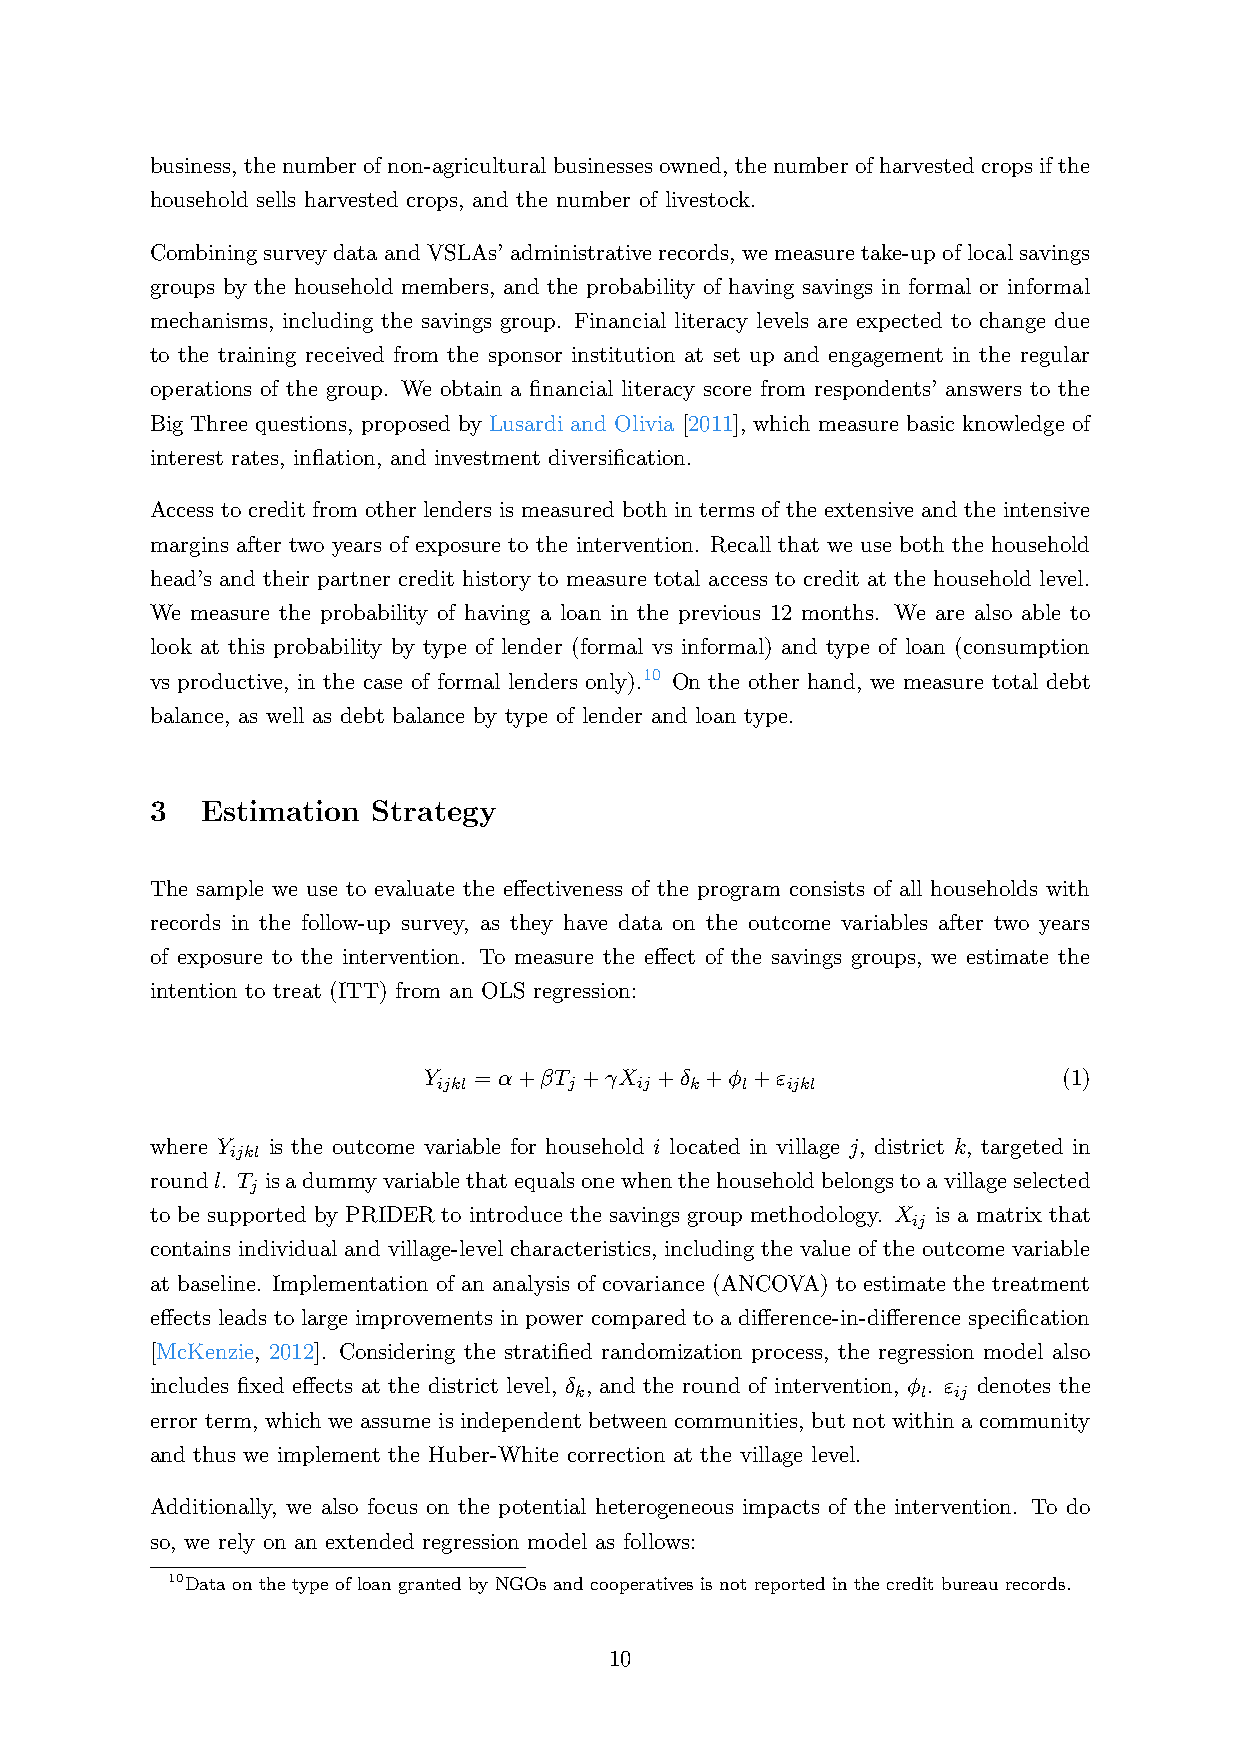
business, the number of non-agricultural businesses owned, the number of harvested crops if the
 household sells harvested crops, and the number of livestock.
 CombiningsurveydataandVSLAs’administrativerecords, wemeasuretake-upoflocalsavings
 groups by the household members, and the probability of having savings in formal or informal
 mechanisms, including the savings group. Financial literacy levels are expected to change due
 to the training received from the sponsor institution at set up and engagement in the regular
 operations of the group. We obtain a financial literacy score from respondents’ answers to the
 Big Three questions, proposed by Lusardi and Olivia [2011], which measure basic knowledge of
 interest rates, inflation, and investment diversification.
 Access to credit from other lenders is measured both in terms of the extensive and the intensive
 margins after two years of exposure to the intervention. Recall that we use both the household
 head’s and their partner credit history to measure total access to credit at the household level.
 We measure the probability of having a loan in the previous 12 months. We are also able to
 look at this probability by type of lender (formal vs informal) and type of loan (consumption
 vs productive, in the case of formal lenders only).10 On the other hand, we measure total debt
 balance, as well as debt balance by type of lender and loan type.
 3  Estimation  Strategy
 The sample we use to evaluate the effectiveness of the program consists of all households with
 records in the follow-up survey, as they have data on the outcome variables after two years
 of exposure to the intervention. To measure the effect of the savings groups, we estimate the
 intention to treat (ITT) from an OLS regression:
 Y  = α+βT  +γX +δ  +φ +ε                  (1)
 ijkl     j   ij  k  l  ijkl
 where Y is the outcome variable for household i located in village j, district k, targeted in
 ijkl
 roundl. T isadummyvariablethatequalsonewhenthehouseholdbelongstoavillageselected
 j
 to be supported by PRIDER to introduce the savings group methodology. X is a matrix that
 ij
 contains individual and village-level characteristics, including the value of the outcome variable
 at baseline. Implementation of an analysis of covariance (ANCOVA) to estimate the treatment
 effects leads to large improvements in power compared to a difference-in-difference specification
 [McKenzie, 2012]. Considering the stratified randomization process, the regression model also
 includes fixed effects at the district level, δ , and the round of intervention, φ . ε denotes the
 k                      l ij
 error term, which we assume is independent between communities, but not within a community
 and thus we implement the Huber-White correction at the village level.
 Additionally, we also focus on the potential heterogeneous impacts of the intervention. To do
 so, we rely on an extended regression model as follows:
 10Data on the type of loan granted by NGOs and cooperatives is not reported in the credit bureau records.
 10